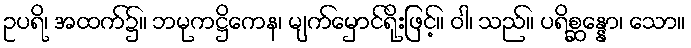
ဥပရိ၊ အထက်၌။ ဘမုကဋ္ဌိကေန၊ မျက်မှောင်ရိုးဖြင့်။ ဝါ၊ သည်။ ပရိစ္ဆန္နော၊ သော။